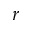
r